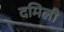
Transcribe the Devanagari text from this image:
दमिली